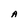
Character: A